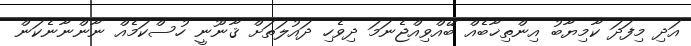
އަދި މިފަދަ ކާމިޔާބު އިންތިޚާބެއް ބޭއްވިއްޖެނަމަ ދިވެހި ދައުލަތަށް ޤާނޫނީ ހުސްކަމެއް ނާންނާނެކަން